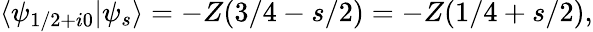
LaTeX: \langle\psi_{1/2+i0}\vert\psi_{s}\rangle=-Z(3/4-s/2)=-Z(1/4+s/2),